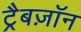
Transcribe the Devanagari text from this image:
ट्रैबज़ॉन